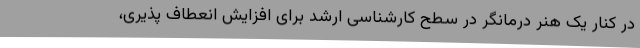
در کنار یک هنر درمانگر در سطح کارشناسی ارشد برای افزایش انعطاف پذیری،